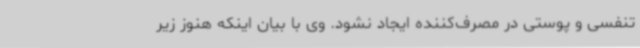
تنفسی و پوستی در مصرف‌کننده ایجاد نشود. وی با بیان اینکه هنوز زیر